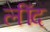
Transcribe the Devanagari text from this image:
लींद